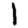
Digit: 1